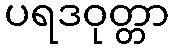
ပရဒဝုတ္တာ